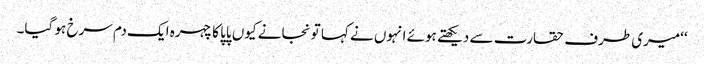
‘‘میری طرف حقارت سے دیکھتے ہوئے انہوں نے کہا تو نجانے کیوں پاپا کا چہرہ ایک دم سرخ ہو گیا۔